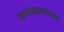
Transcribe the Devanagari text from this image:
समांतरफलक